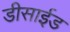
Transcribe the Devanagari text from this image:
डीसाईड